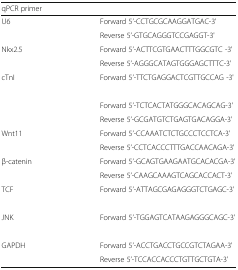
<table><thead><tr><td><b>qPCR primer</b></td><td>[EMPTY_CELL]</td></tr></thead><tbody><tr><td rowspan="2">U6</td><td>Forward 5’-CCTGCGCAAGGATGAC-3'</td></tr><tr><td>Reverse 5’-GTGCAGGGTCCGAGGT-3'</td></tr><tr><td rowspan="2">Nkx2.5</td><td>Forward 5’-ACTTCGTGAACTTTGGCGTC -3'</td></tr><tr><td>Reverse 5’-AGGGCATAGTGGGAGCTTTC-3'</td></tr><tr><td rowspan="2">cTnI</td><td>Forward 5’-TTCTGAGGACTCGTTGCCAG -3'</td></tr><tr><td>[EMPTY_CELL]</td></tr><tr><td rowspan="2">[EMPTY_CELL]</td><td>Forward 5’-TCTCACTATGGGCACAGCAG-3'</td></tr><tr><td>Reverse 5’-GCGATGTCTGAGTGACAGGA-3'</td></tr><tr><td rowspan="2">Wnt11</td><td>Forward 5’-CCAAATCTCTGCCCTCCTCA-3'</td></tr><tr><td>Reverse 5’-CCTCACCCTTTGACCAACAGA-3'</td></tr><tr><td rowspan="2">β-catenin</td><td>Forward 5’-GCAGTGAAGAATGCACACGA-3'</td></tr><tr><td>Reverse 5’-CAAGCAAAGTCAGCACCACT-3'</td></tr><tr><td rowspan="2">TCF</td><td>Forward 5’-ATTAGCGAGAGGGTCTGAGC-3'</td></tr><tr><td>[EMPTY_CELL]</td></tr><tr><td rowspan="2">JNK</td><td>Forward 5’-TGGAGTCATAAGAGGGCAGC-3'</td></tr><tr><td>[EMPTY_CELL]</td></tr><tr><td rowspan="2">GAPDH</td><td>Forward 5’-ACCTGACCTGCCGTCTAGAA-3'</td></tr><tr><td>Reverse 5’-TCCACCACCCTGTTGCTGTA-3'</td></tr></tbody></table>